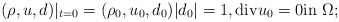
\begin{align*}(\rho, u, d)|_{t=0}=(\rho_0, u_0, d_0) |d_0|=1, {\rm div}u_0=0 {\rm in} \ \Omega;\end{align*}